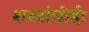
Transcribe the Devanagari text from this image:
शस्त्रांचीही